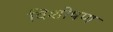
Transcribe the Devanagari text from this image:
विशोषण